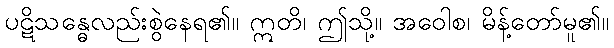
ပဋိသန္ဓေလည်းစွဲနေရ၏။ ဣတိ၊ ဤသို့။ အဝေါစ၊ မိန့်တော်မူ၏။